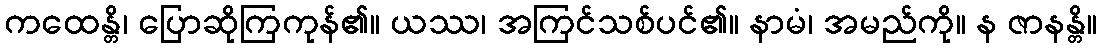
ကထေန္တိ၊ ပြောဆိုကြကုန်၏။ ယဿ၊ အကြင်သစ်ပင်၏။ နာမံ၊ အမည်ကို။ န ဇာနန္တိ။